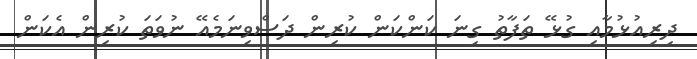
ދިރިއުޅުމާއި ގުޅޭ ތަފާތު ގިނަ ކަންކަން ކުރިން ދަސްވިނަމެއޭ ނުވަތަ ކުރިން އެކަން